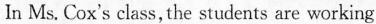
In Ms. Cox's class, the students are working